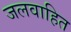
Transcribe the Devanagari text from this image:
जलवाहित